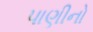
પાણીનો